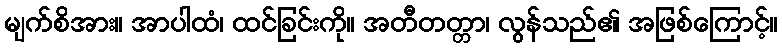
မျက်စိအား။ အာပါထံ၊ ထင်ခြင်းကို။ အတီတတ္တာ၊ လွန်သည်၏ အဖြစ်ကြောင့်။